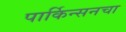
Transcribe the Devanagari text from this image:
पार्किन्सनचा